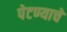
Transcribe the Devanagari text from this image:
पेटण्याचे